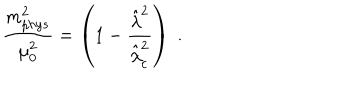
\frac { m _ { p h y s } ^ { 2 } } { \mu _ { 0 } ^ { 2 } } = \left( 1 - \frac { { { \hat { \lambda } ^ { 2 } } } } { { { \hat { \lambda } } _ { c } ^ { 2 } } } \right) \; .